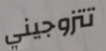
تتزوجيني